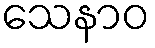
သေနာဝ